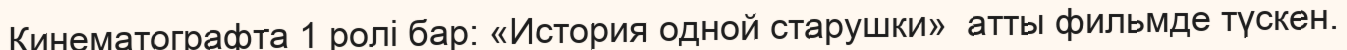
Кинематографта 1 ролі бар: «История одной старушки»  атты фильмде түскен.